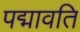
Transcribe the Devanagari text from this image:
पद्मावति